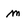
Character: m